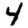
Digit: 4